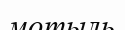
мотыль